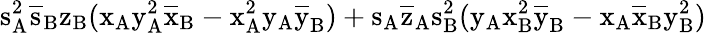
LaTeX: \mathrm{s_{A}^{2}\mathrm{\overline{{s}}_{B}\mathrm{z_{B}(\mathrm{x_{A}\mathrm{y_{A}^{2}\mathrm{\overline{{x}}_{B}-\mathrm{x_{A}^{2}\mathrm{y_{A}\mathrm{\overline{{y}}_{B})+\mathrm{s_{A}\mathrm{\overline{{z}}_{A}\mathrm{s_{B}^{2}(\mathrm{y_{A}\mathrm{x_{B}^{2}\mathrm{\overline{{y}}_{B}-\mathrm{x_{A}\mathrm{\overline{{x}}_{B}\mathrm{y_{B}^{2})}}}}}}}}}}}}}}}}}}